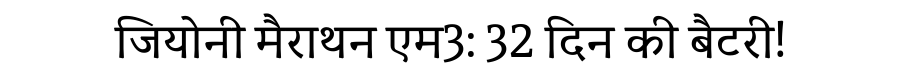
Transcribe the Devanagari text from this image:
जियोनी मैराथन एम3: 32 दिन की बैटरी!